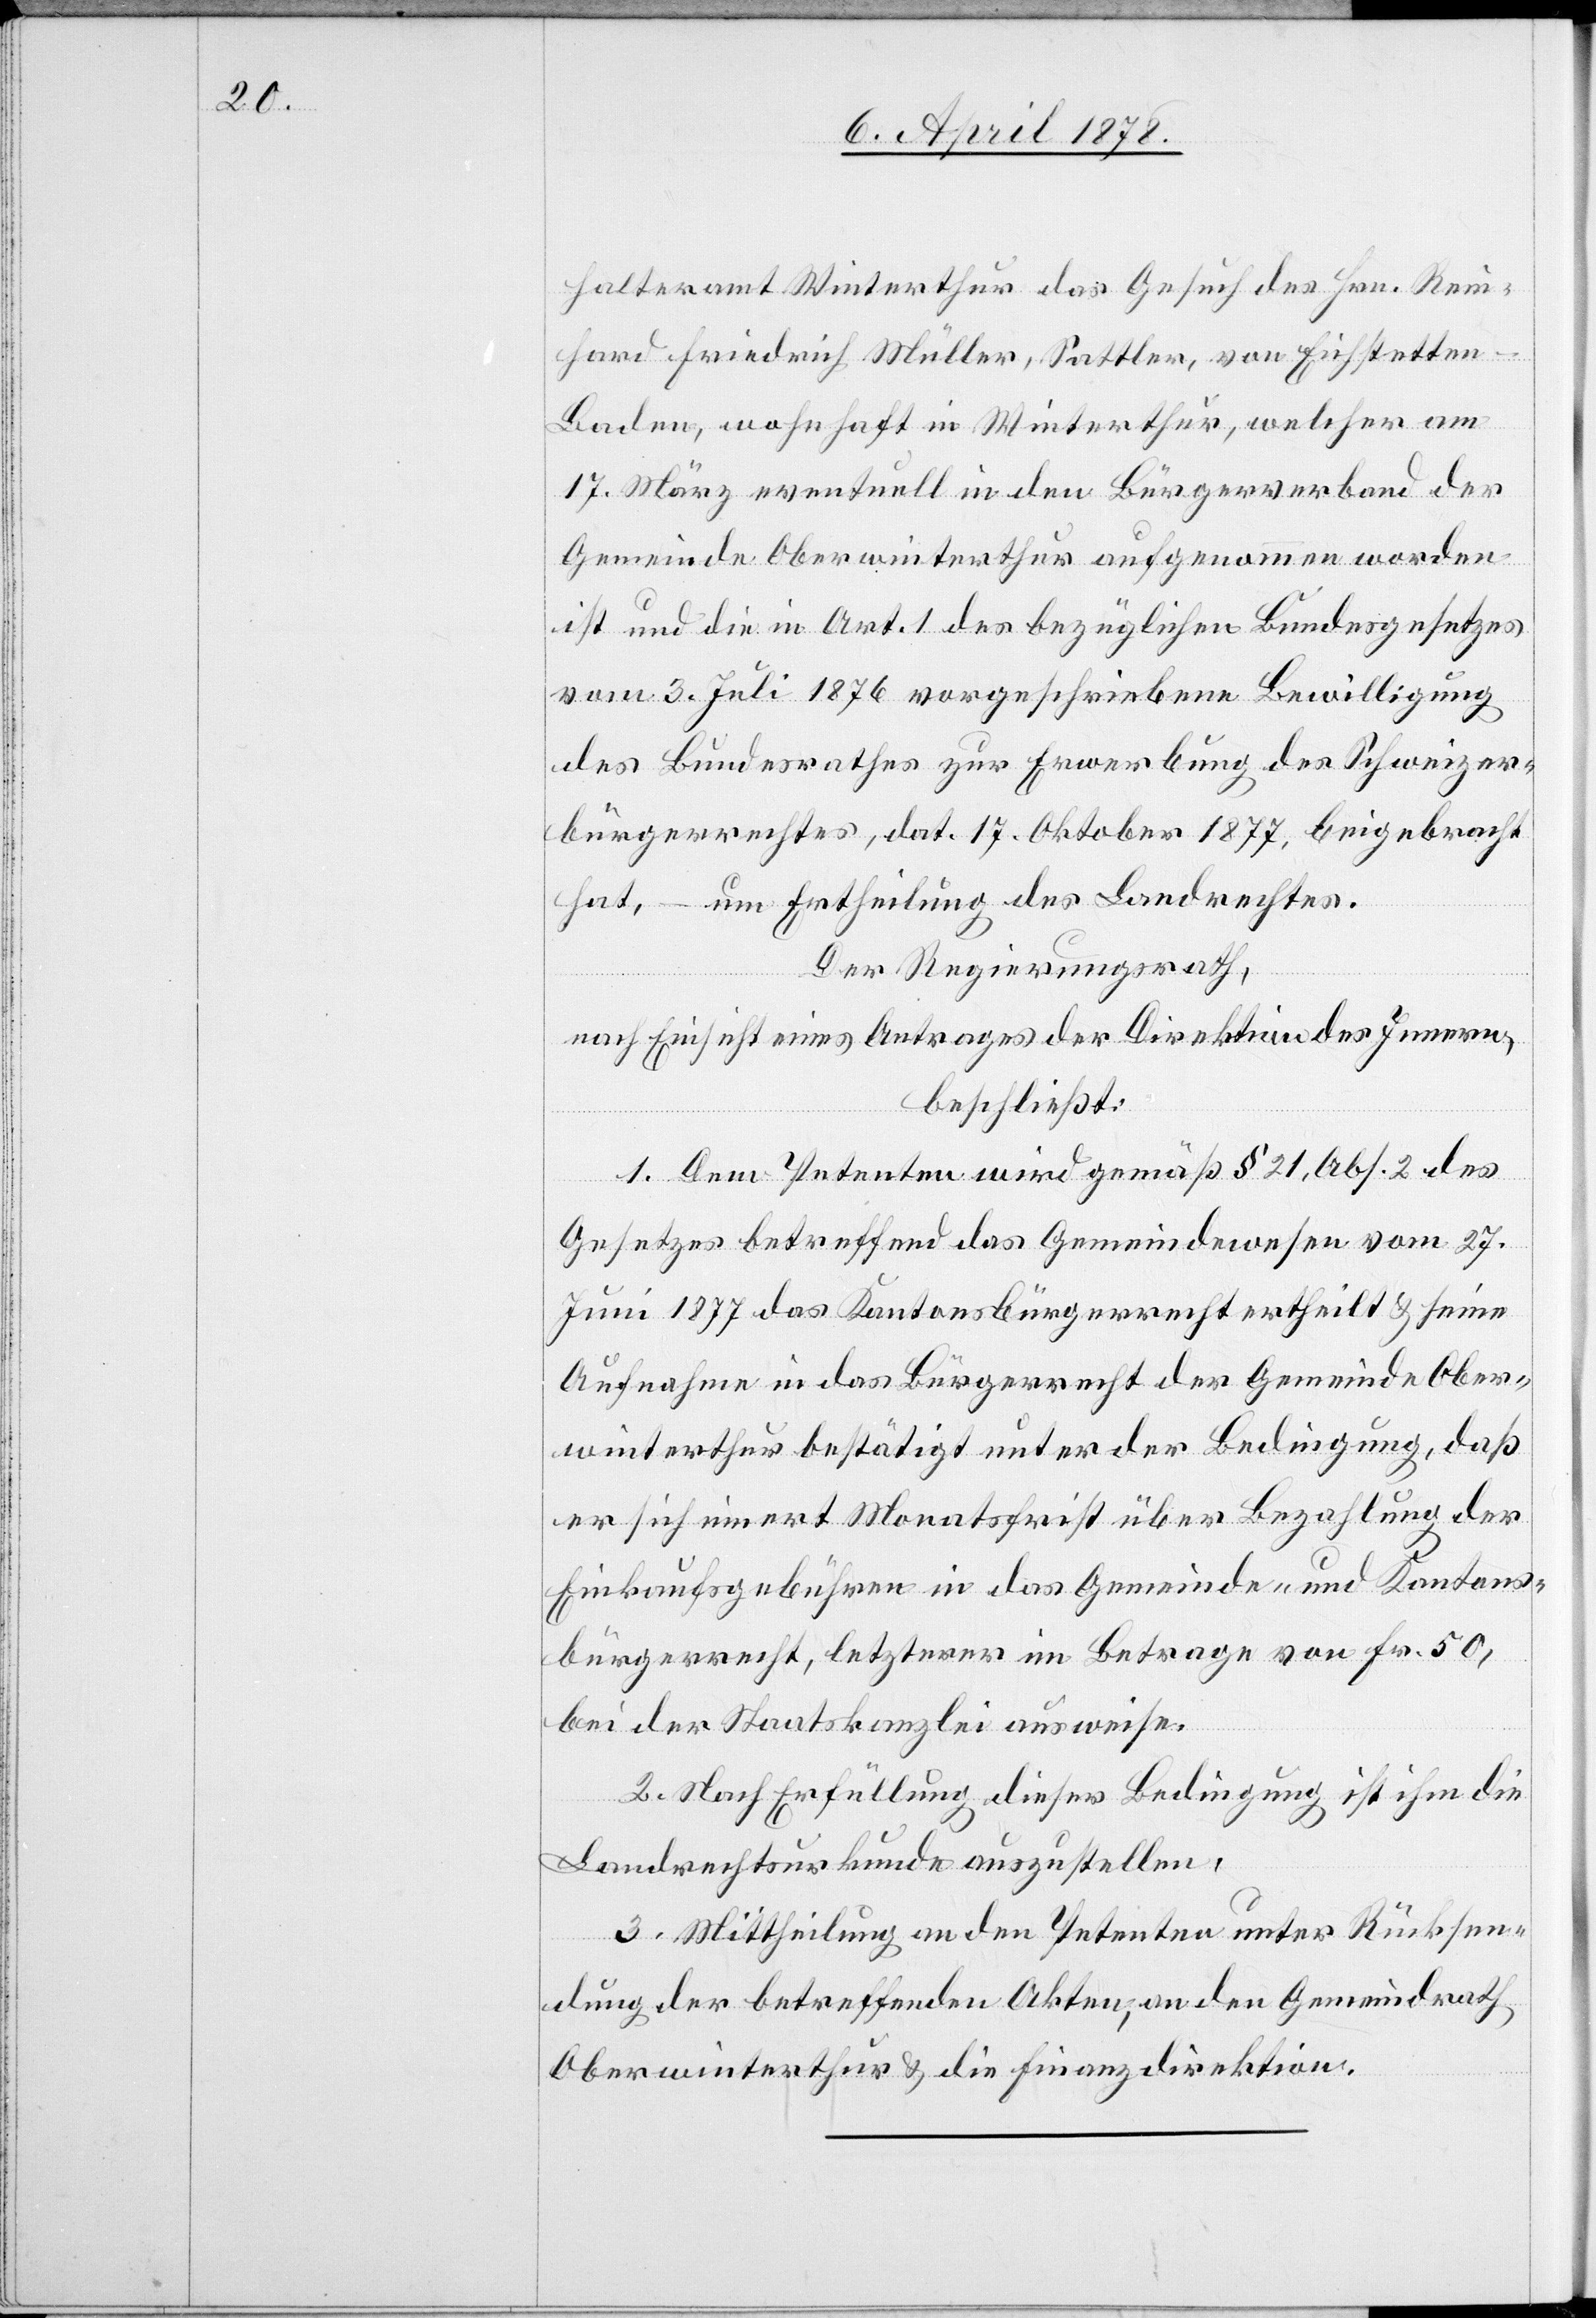
halteramt Winterthur das Gesuch des Hrn. Rein¬
hard Friedrich Müller, Sattler, von Eichstetten
Baden, wohnhaft in Winterthur, welcher am
17. März eventuell in den Bürgerverband der
Gemeinde Oberwinterthur aufgenommen worden
ist und die in Art. 1 des bezüglichen Bundesgesetzes
vom 3. Juli 1876 vorgeschriebene Bewilligung
des Bundesrathes zur Erwerbung des Schweizer¬
bürgerrechtes, dat. 17. Oktober 1877, beigebracht
hat, – um Ertheilung des Landrechtes.
Der Regierungsrath,
nach Einsicht eines Antrages der Direktion des Innern,
beschließt:
1. Dem Petenten wird gemäß § 21, Abs. 2 des
Gesetzes betreffend das Gemeindwesen vom 27.
Juni 1877 das Kantonsbürgerrecht ertheilt & seine
Aufnahme in das Bürgerrecht der Gemeinde Ober¬
winterthur bestätigt unter der Bedingung, daß
er sich innert Monatsfrist über Bezahlung der
Einkaufsgebühren in das Gemeinde- und Kantons¬
bürgerrecht, letzteres im Betrage von Fr. 50,
bei der Staatskanzlei ausweise.
2. Nach Erfüllung dieser Bedingung ist ihm die
Landrechtsurkunde auszustellen.
3. Mittheilung an den Petenten unter Rücksen¬
dung der betreffenden Akten, an den Gemeindrath
Oberwinterthur & die Finanzdirektion.